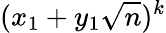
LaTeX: (x_{1}+y_{1}\sqrt{n})^{k}